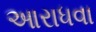
આરાધવા